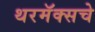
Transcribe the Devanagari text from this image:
थरमॅक्सचे